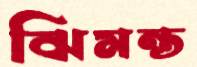
ঝিমন্ত